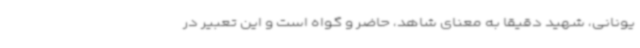
یونانی، شهید دقیقا به معنای شاهد، حاضر و گواه است و این تعبیر در